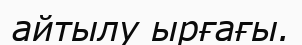
айтылу ырғағы.